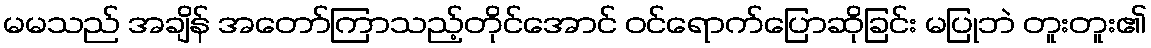
မမသည် အချိန် အတော်ကြာသည့်တိုင်အောင် ဝင်ရောက်ပြောဆိုခြင်း မပြုဘဲ တူးတူး၏